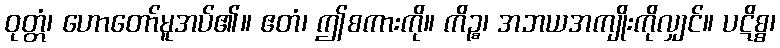
ဝုတ္တံ၊ ဟောတော်မူအပ်၏။ ဧတံ၊ ဤစကားကို။ ကိဉ္စ၊ အဘယအကျိုးကိုလျှင်။ ပဋိစ္စ၊